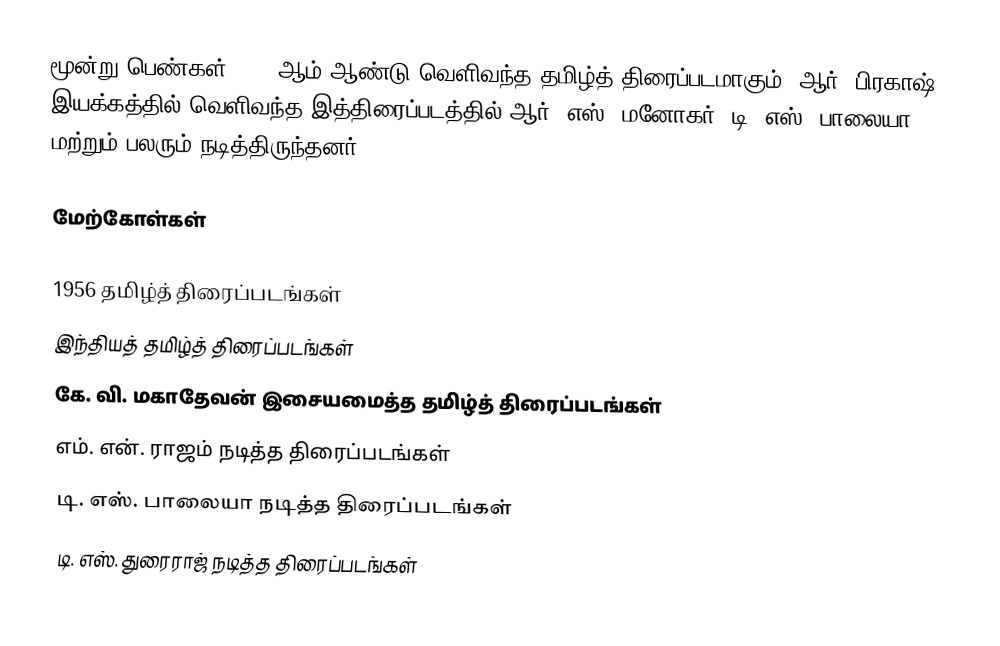
மூன்று பெண்கள் 1956 ஆம் ஆண்டு வெளிவந்த தமிழ்த் திரைப்படமாகும். ஆர். பிரகாஷ் இயக்கத்தில் வெளிவந்த இத்திரைப்படத்தில் ஆர். எஸ். மனோகர், டி. எஸ். பாலையா மற்றும் பலரும் நடித்திருந்தனர்.

மேற்கோள்கள்

1956 தமிழ்த் திரைப்படங்கள்
இந்தியத் தமிழ்த் திரைப்படங்கள்
கே. வி. மகாதேவன் இசையமைத்த தமிழ்த் திரைப்படங்கள்
எம். என். ராஜம் நடித்த திரைப்படங்கள்
டி. எஸ். பாலையா நடித்த திரைப்படங்கள்
டி. எஸ். துரைராஜ் நடித்த திரைப்படங்கள்